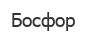
Босфор